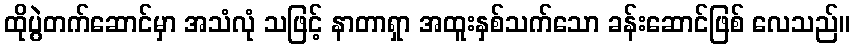
ထိုပွဲတက်ဆောင်မှာ အသံလုံ သဖြင့် နာတာရှာ အထူးနှစ်သက်သော ခန်းဆောင်ဖြစ် လေသည်။